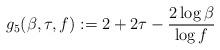
LaTeX: \begin{align*}g_5(\beta, \tau, f) :=2+2\tau -\frac{2\log \beta}{\log f} \end{align*}